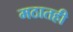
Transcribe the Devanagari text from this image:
मठातही